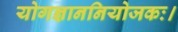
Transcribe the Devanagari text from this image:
योगज्ञाननियोजकः।